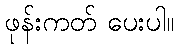
ဖုန်းကတ် ပေးပါ။